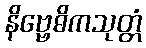
နိဗ္ဗေဓိကသုတ္တံ